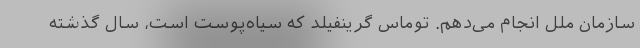
سازمان ملل انجام می‌دهم. توماس گرینفیلد که سیاه‌پوست است، سال گذشته